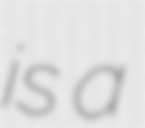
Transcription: is a